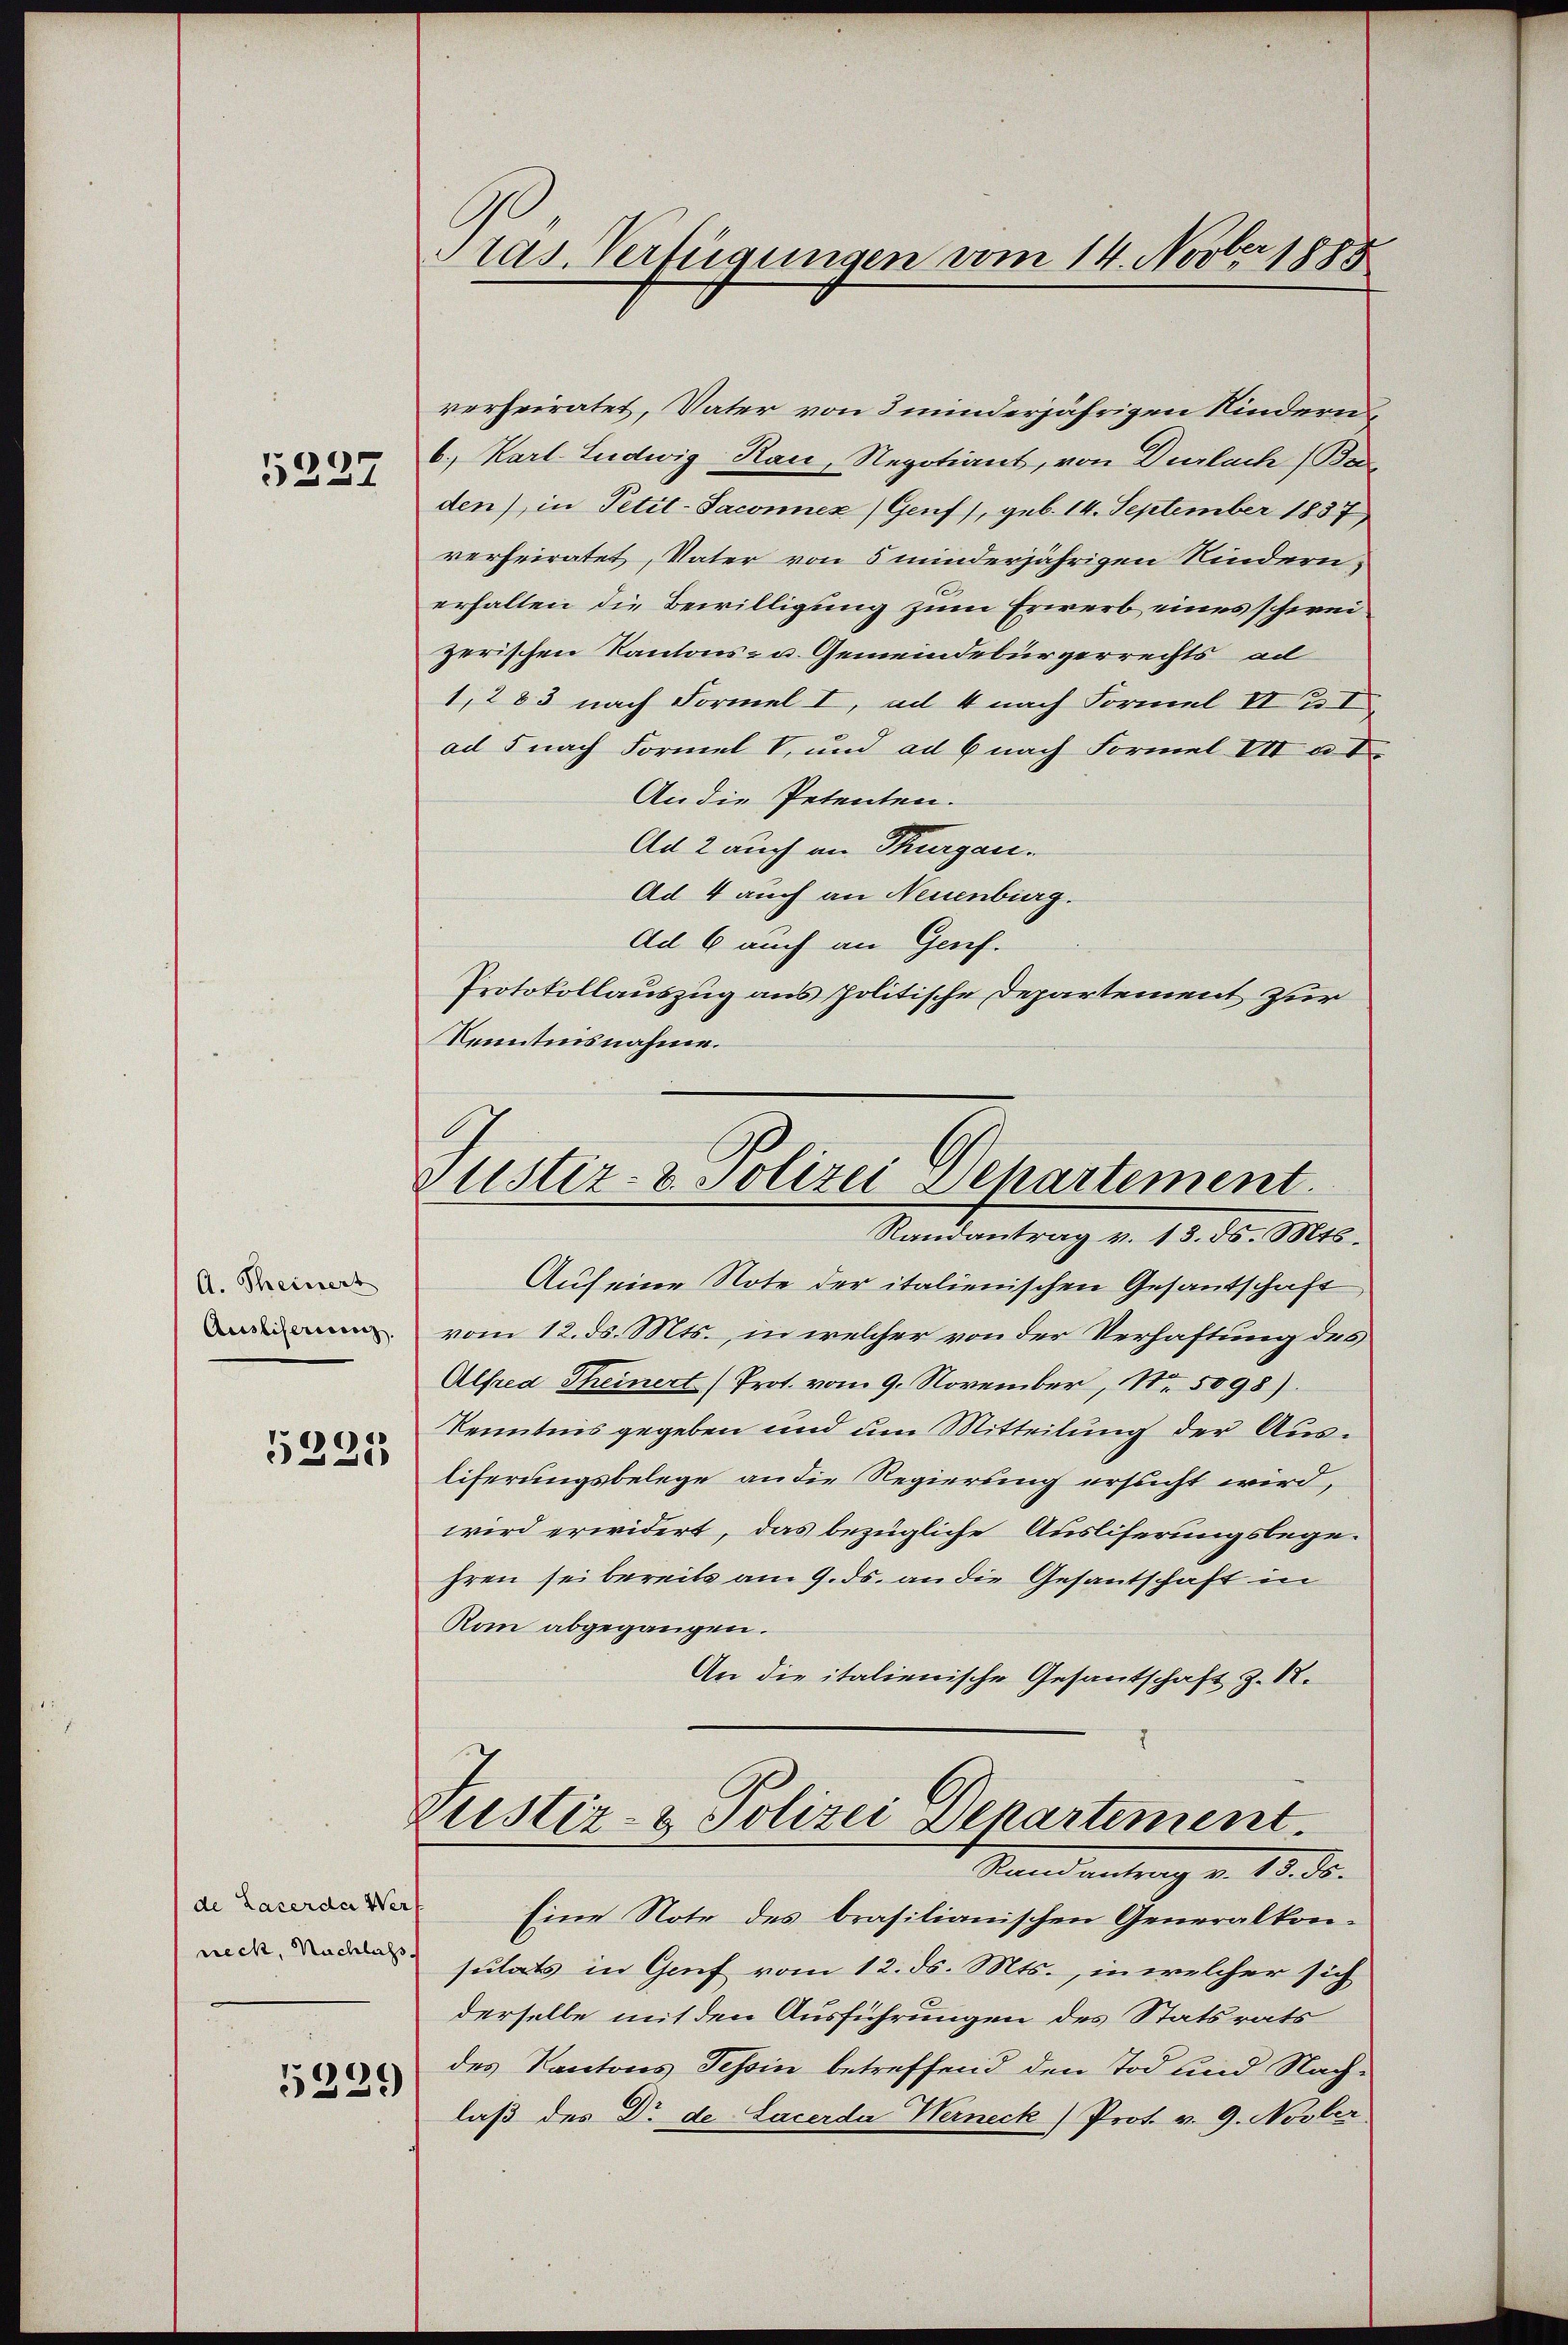
5237

A. Theinert
Ausliserieng.
5221

de Lacerda Wer
neck, Nachlass

5229

Pras. Verfügungen vom 14. Novber 1888

verheiratet, Vater von 3 minderjährigen Kindern
6., Karl. Ludwig Rau, Negotiant, von Durlach Be
den), in Petit-Saconnex (Genf), geb. 14. September 1837
verheiratet, Vater von 5 minderjährigen Kindern,
erhalten die Bewilligung zum Erwerb eines schweizerischen Kantons- u. Gemeindebürgerrechts ad
1,283 nach Formel I, ad 4 nach Formel II u. V
ad 5 nach Formel V. und ad 6 nach Formel VIV u. I
An die Petenten.
Ad 2 auch an Thurgau.
Ad 4 auch an Neuenburg.
Ad 6 auch an Genf.
Protokollauszug aus politische Departement zur
Kenntnisnahme.

ustiz- & Polizei Departement.
Randantrag v. 13. ds. Mts.

Auf eine Note der italienischen Gesantschaft
vom 12. ds. Mts., in welcher von der Verhaftung des
Alfred Theinert (Prot. vom 9. November, No. 5098).
Kenntnis gegeben und um Mitteilung der Ausliferungsbelege an die Regierung ersucht wird,
wird erwidert, das bezügliche Ausliferungsbegehren sei bereits am 9. ds. an die Gesantschaft in
Rom abgegangen.
An die italienische Gesantschaft Z. 12.
Zustiz- & Polizei Departement.
Sand                  25.
Eine Note des brasilianischen Generalkon-
sulats in Genf vom 12. ds. Mts., in welcher sich
derselbe mit den Ausführungen des Statsrats
des Kantons Tessin betreffend den Tod und Nachlaß des Dr de Sacerda Werneck) Prot. v. 9. Novber